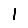
Digit: 1